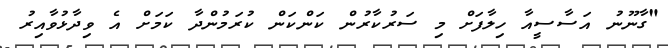
"ގާނޫނު އަސާސީއާ ހިލާފަށް މި ސަރުކާރުން ކަންކަން ކުރަމުންދާ ކަމަށް އެ ވިދާޅުވާއިރު